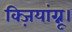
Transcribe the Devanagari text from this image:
क्ज़ियांग्नू।